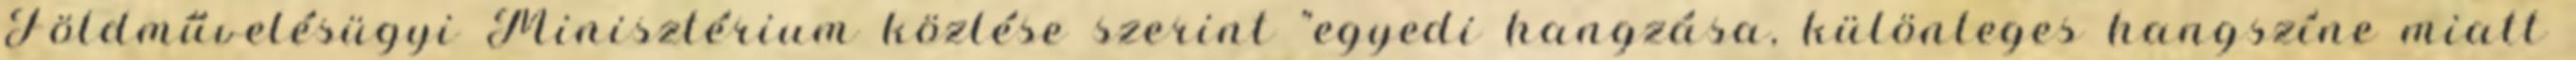
Földművelésügyi Minisztérium közlése szerint "egyedi hangzása, különleges hangszíne miatt